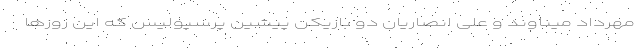
مهرداد میناوند و علی انصاریان دو بازیکن پیشین پرسپولیس که این روزها